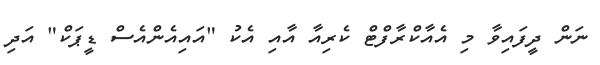
ނަން ދީފައިވާ މި އެއާކްރާފްޓް ކެރިއާ އާއި އެކު "އައިއެންއެސް ޑީޕަކް" އަދި